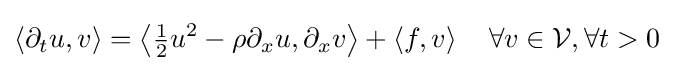
\langle \partial _{t}u,v\rangle =\left\langle {\tfrac {1}{2}}u^{2}-\rho \partial _{x}u,\partial _{x}v\right\rangle +\left\langle f,v\right\rangle \quad \forall v\in {\mathcal {V}},\forall t>0